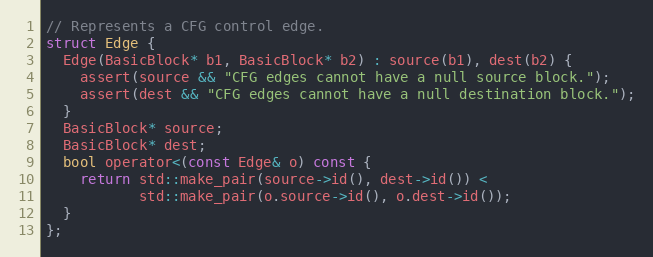
Language: C
// Represents a CFG control edge.
struct Edge {
  Edge(BasicBlock* b1, BasicBlock* b2) : source(b1), dest(b2) {
    assert(source && "CFG edges cannot have a null source block.");
    assert(dest && "CFG edges cannot have a null destination block.");
  }
  BasicBlock* source;
  BasicBlock* dest;
  bool operator<(const Edge& o) const {
    return std::make_pair(source->id(), dest->id()) <
           std::make_pair(o.source->id(), o.dest->id());
  }
};